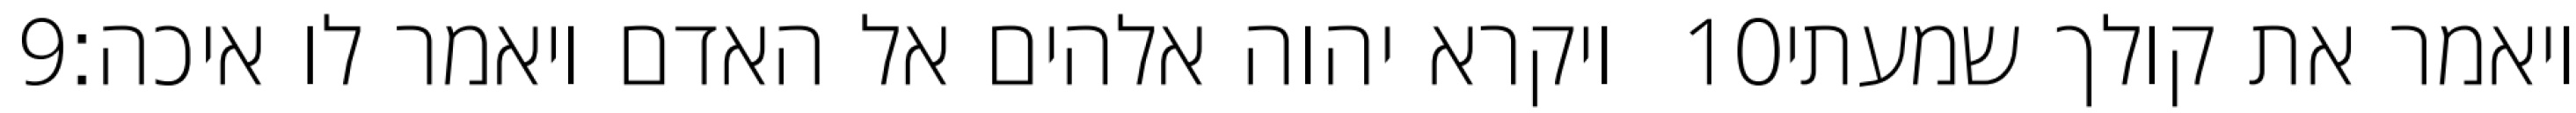
‎9‏ ויקרא יהוה אלהים אל האדם ויאמר לו איכה׃ ‎10‏ ויאמר את קולך שמעתי